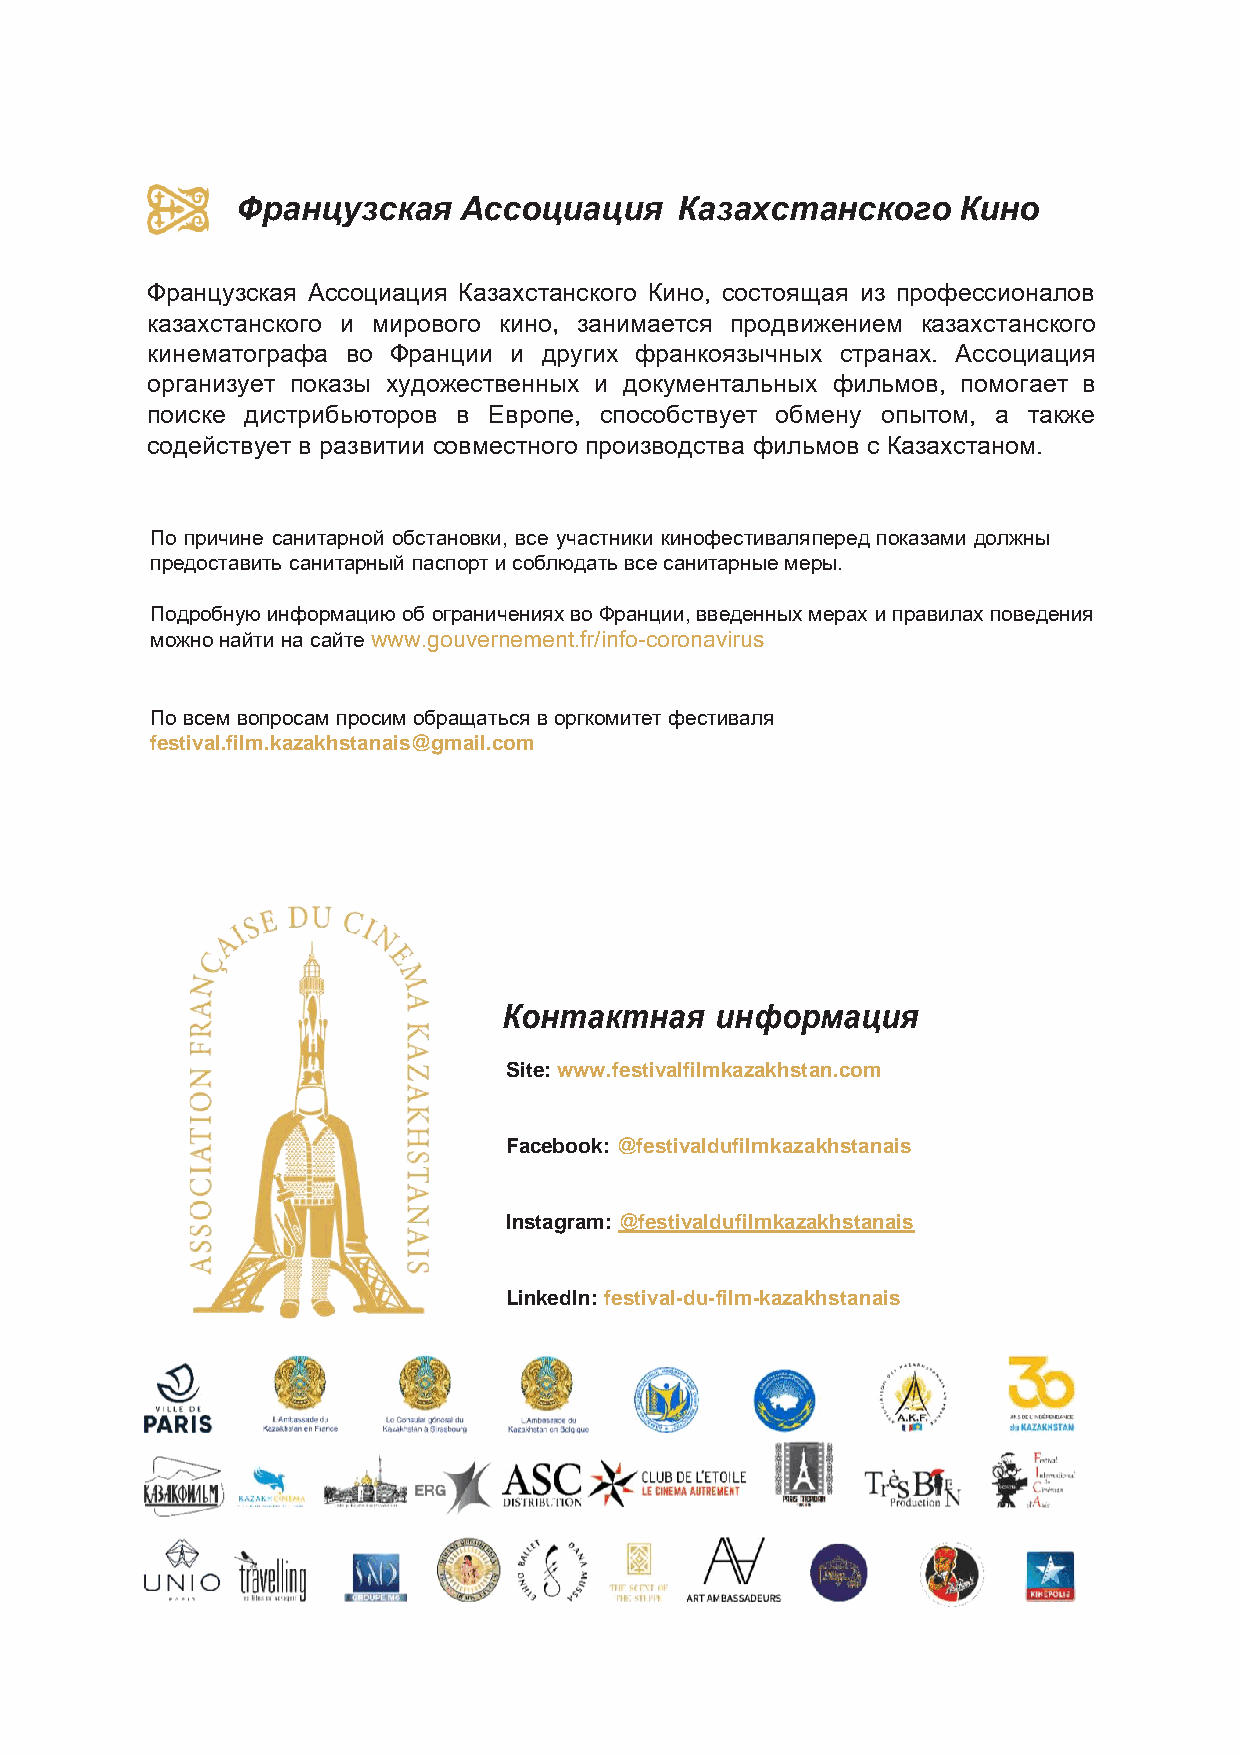
Французская   Ассоциация     Казахстанского    Кино
 Французская Ассоциация Казахстанского Кино, состоящая из профессионалов
 казахстанского и мирового кино, занимается продвижением казахстанского
 кинематографа во Франции и других франкоязычных странах. Ассоциация
 организует показы художественных и документальных фильмов, помогает в
 поиске дистрибьюторов в Европе, способствует обмену опытом, а также
 содействует в развитии совместного производства фильмов с Казахстаном.
 По причине санитарной обстановки, все участники кинофестиваля перед показами должны
 предоставить санитарный паспорт и соблюдать все санитарные меры.
 Подробную информацию об ограничениях во Франции, введенных мерах и правилах поведения
 можно найти на сайте www.gouvernement.fr/info-coronavirus
 По всем вопросам просим обращаться в оргкомитет фестиваля
 festival.film.kazakhstanais@gmail.com
 Контактная    информация
 Site: www.festivalfilmkazakhstan.com
 Facebook: @festivaldufilmkazakhstanais
 Instagram: @festivaldufilmkazakhstanais
 LinkedIn: festival-du-film-kazakhstanais